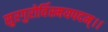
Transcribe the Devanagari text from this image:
सुरगुरोर्विस्मयपदम्।।